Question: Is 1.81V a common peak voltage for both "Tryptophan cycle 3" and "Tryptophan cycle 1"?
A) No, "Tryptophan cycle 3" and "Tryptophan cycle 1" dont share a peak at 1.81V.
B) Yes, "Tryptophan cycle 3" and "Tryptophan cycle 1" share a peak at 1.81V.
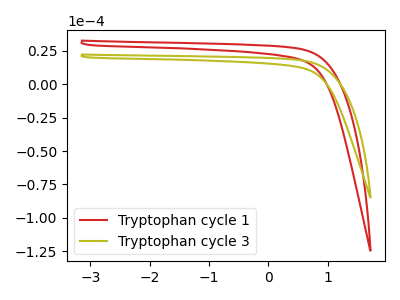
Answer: <think>The red curve "Tryptophan cycle 1" has no peaks. The olive curve "Tryptophan cycle 3" has no peaks.</think>
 <answer>A) No, "Tryptophan cycle 3" and "Tryptophan cycle 1" dont share a peak at 1.81V.</answer>
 <eval>A</eval>